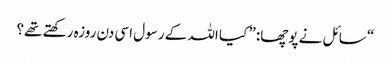
“ سائل نے پوچھا:” کیا اللہ کے رسول اسی دن روزہ رکھتے تھے؟